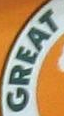
GREAT